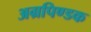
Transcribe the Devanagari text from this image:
अग्रपिण्डक